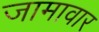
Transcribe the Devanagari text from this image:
जामावार